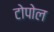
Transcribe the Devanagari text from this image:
टोपोल